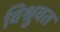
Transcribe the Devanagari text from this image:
विश्रुवत